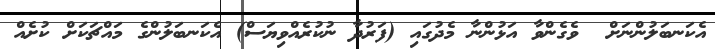
އެކަނބަލުންނަށް  ވެގެންވާ އަޅުންނާ މެދުގައި (ފަރުދާ ނުކުރެއްވިޔަސް) އެކަނބަލުންގެ މައްޗަކަށް ކުށެއް